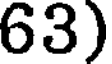
63)